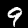
Label: 9